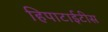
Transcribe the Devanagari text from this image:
हिपाटाईटीस